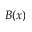
B ( x )